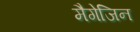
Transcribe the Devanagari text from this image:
मैगेजिन